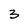
Character: 3